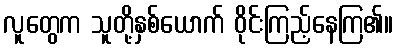
လူတွေက သူတို့နှစ်ယောက် ဝိုင်းကြည့်နေကြ၏။